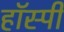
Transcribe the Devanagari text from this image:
हॉस्पी